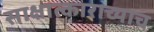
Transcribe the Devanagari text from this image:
साक्षात्काराच्याच